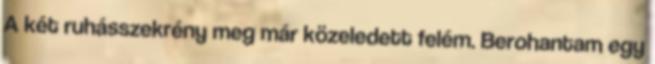
A két ruhásszekrény meg már közeledett felém. Berohantam egy